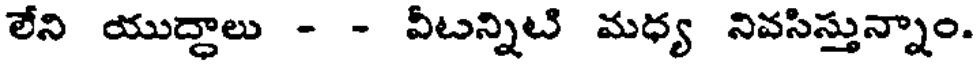
లేని యుద్ధాలు - - వీటన్నిటి మధ్య నివసిస్తున్నాం.